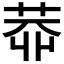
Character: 𱽭